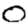
Digit: 0